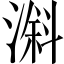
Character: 𣻠